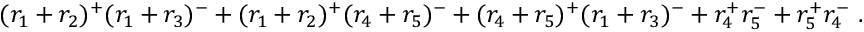
( r _ { 1 } + r _ { 2 } ) ^ { + } ( r _ { 1 } + r _ { 3 } ) ^ { - } + ( r _ { 1 } + r _ { 2 } ) ^ { + } ( r _ { 4 } + r _ { 5 } ) ^ { - } + ( r _ { 4 } + r _ { 5 } ) ^ { + } ( r _ { 1 } + r _ { 3 } ) ^ { - } + r _ { 4 } ^ { + } r _ { 5 } ^ { - } + r _ { 5 } ^ { + } r _ { 4 } ^ { - } ~ .